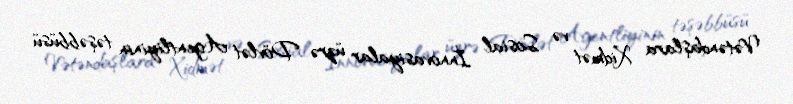
Vətəndaşlara Xidmət və Sosial İnnovasiyalar üzrə Dövlət Agentliyinin təşəbbüsü